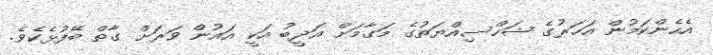
އެހެންކަމުން އަހަރުގެ ޝަހްސިއްޔަތުގެ މަގާމަށް އަދީބު އަކީ އައުން ވަރަށް ގާތް ބޭފުޅެކެވެ.